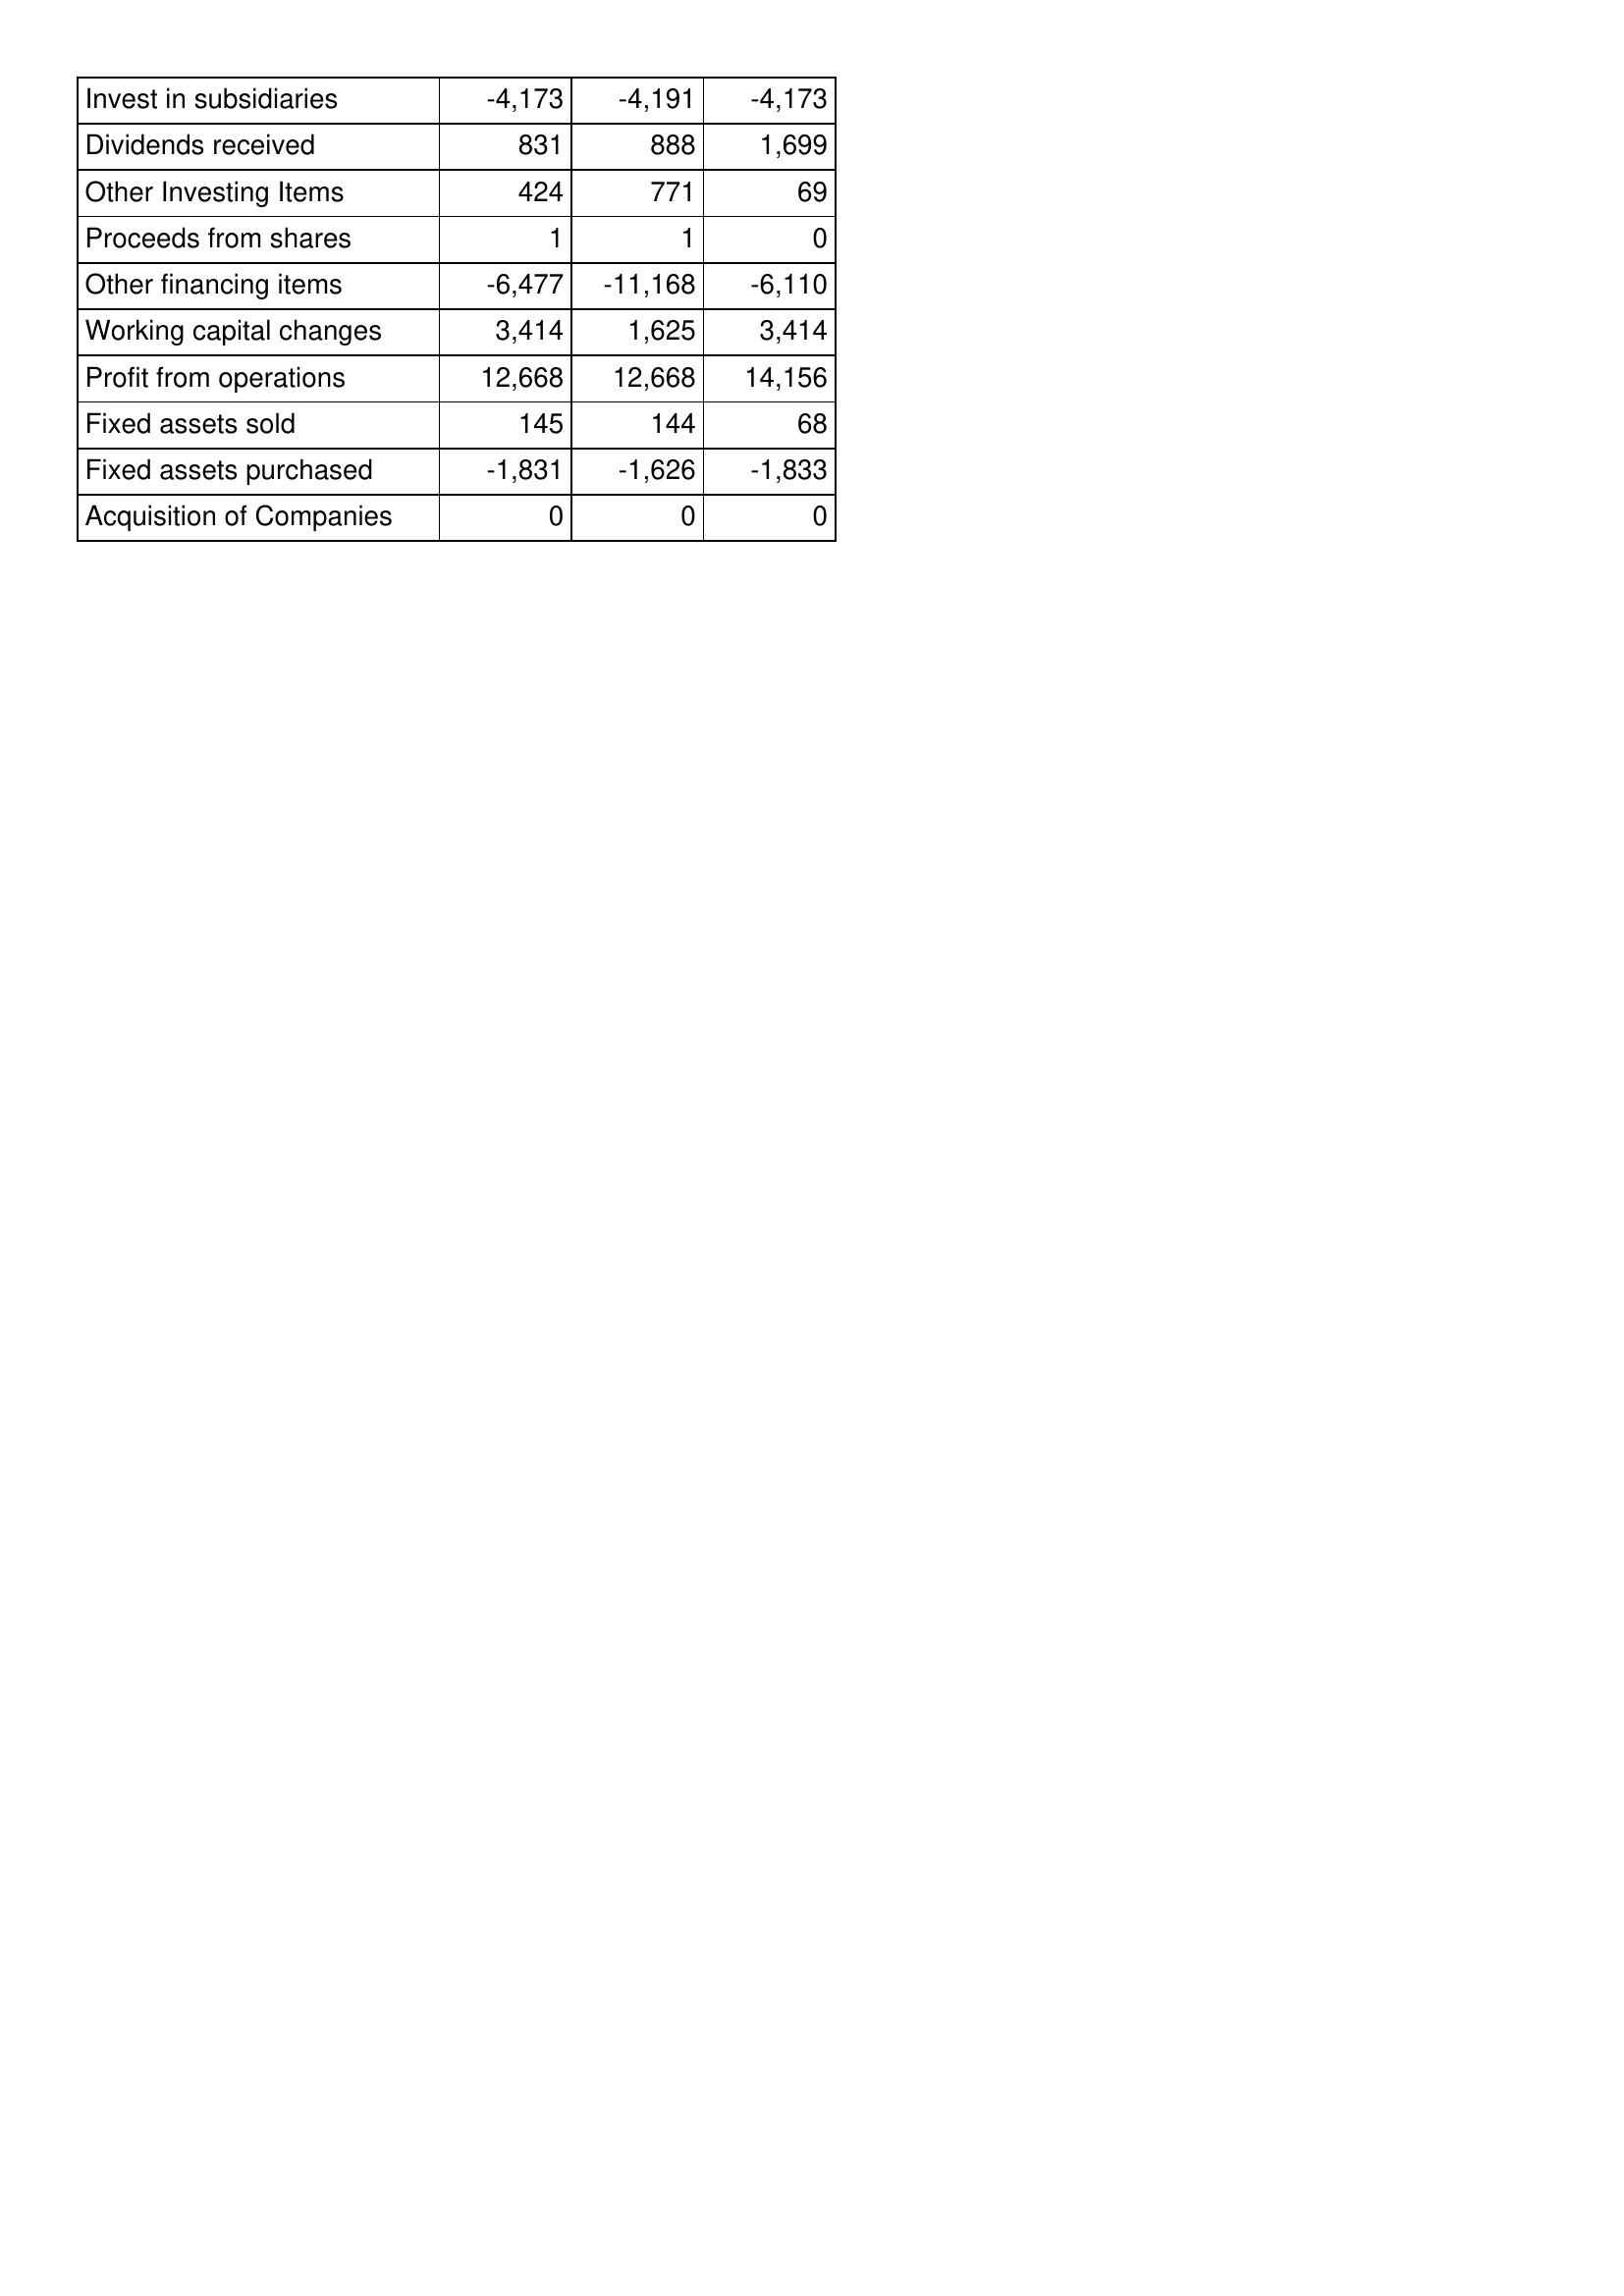
Mar-10: Cash Flows: Invest in subsidiaries: -4,173
Dividends received: 831
Other Investing Items: 424
Proceeds from shares: 1
Other financing items: -6,477
Working capital changes: 3,414
Profit from operations: 12,668
Fixed assets sold: 145
Fixed assets purchased: -1,831
Acquisition of Companies: 0
Mar-11: Cash Flows: Invest in subsidiaries: -4,191
Dividends received: 888
Other Investing Items: 771
Proceeds from shares: 1
Other financing items: -11,168
Working capital changes: 1,625
Profit from operations: 12,668
Fixed assets sold: 144
Fixed assets purchased: -1,626
Acquisition of Companies: 0
Mar-12: Cash Flows: Invest in subsidiaries: -4,173
Dividends received: 1,699
Other Investing Items: 69
Proceeds from shares: 0
Other financing items: -6,110
Working capital changes: 3,414
Profit from operations: 14,156
Fixed assets sold: 68
Fixed assets purchased: -1,833
Acquisition of Companies: 0